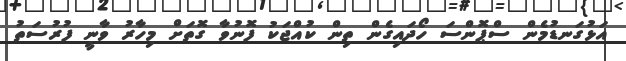
އަޅުގަނޑުމެން ސްޕޮންސަ ހޯދައިގެން ތިން ކުއްޖަކު ފޮނުވާ ގޮތަށް މިހާރު ވާނީ ފުރުސަތު